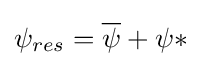
\psi _{res}={\overline {\psi }}+\psi *